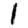
Digit: 1